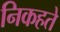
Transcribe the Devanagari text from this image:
निकहते